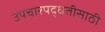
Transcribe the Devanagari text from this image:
उपचारपद्धतीसाठी